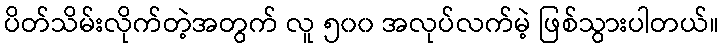
ပိတ်သိမ်းလိုက်တဲ့အတွက် လူ ၅၀၀ အလုပ်လက်မဲ့ ဖြစ်သွားပါတယ်။